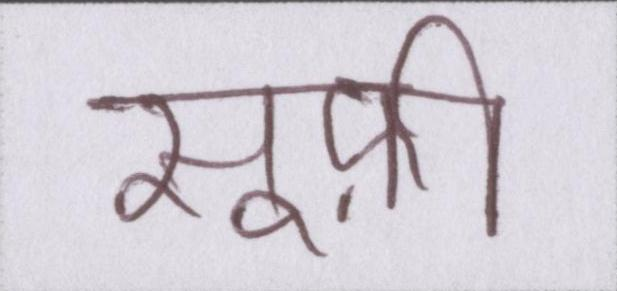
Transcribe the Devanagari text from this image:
सूफ़ी